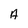
Character: A